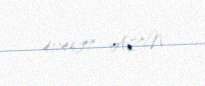
41145,77 AZN